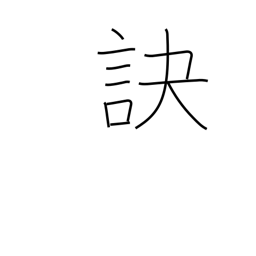
Meaning: part